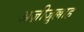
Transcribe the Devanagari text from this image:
अज़ीज़ुल्लाह